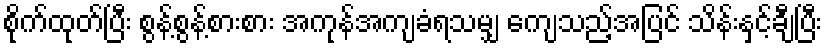
စိုက်ထုတ်ပြီး စွန့်စွန့်စားစား အကုန်အကျခံရသမျှ ကျေသည့်အပြင် သိန်းနှင့်ချီပြီး